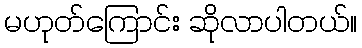
မဟုတ်ကြောင်း ဆိုလာပါတယ်။